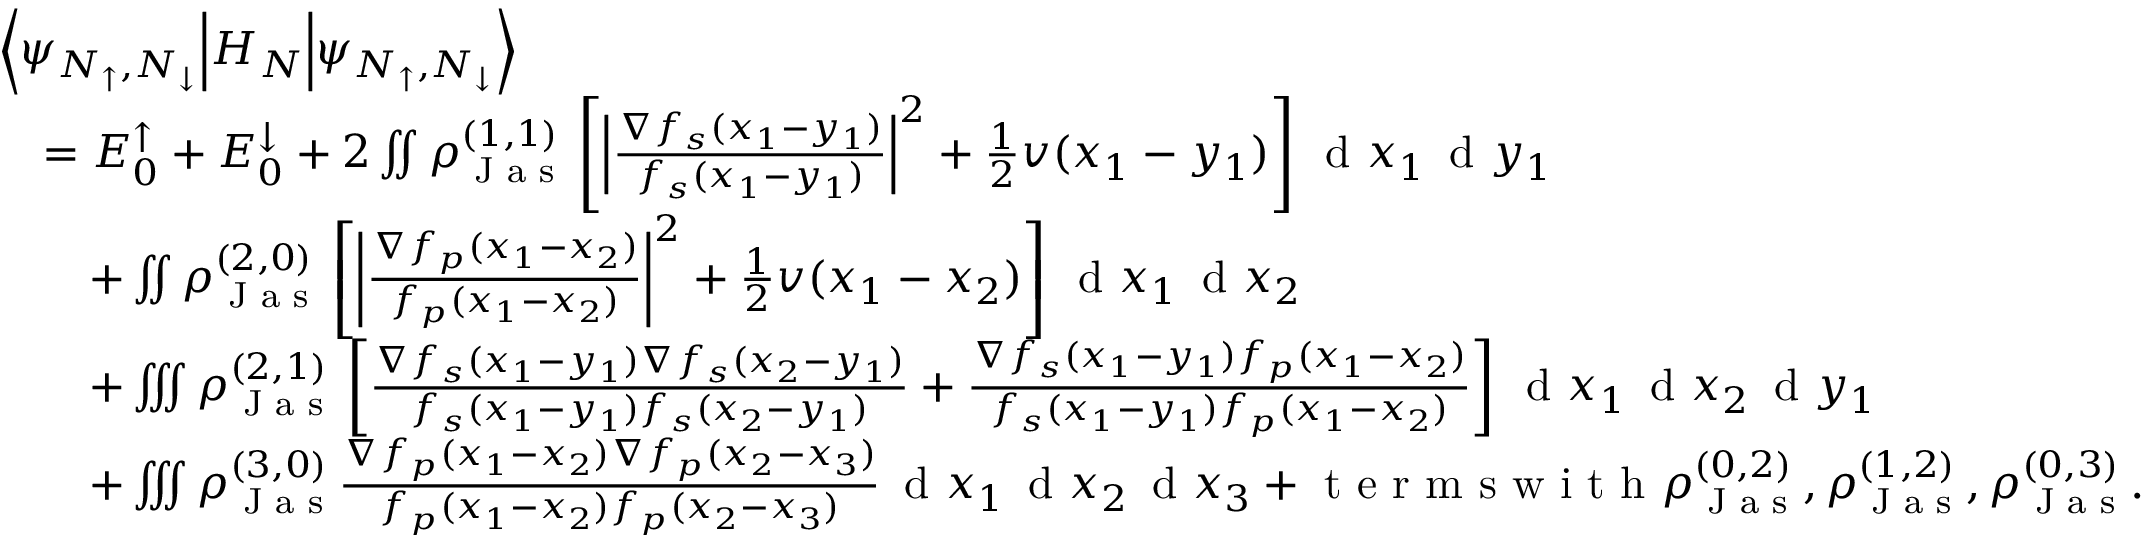
\begin{array} { r l } & { \left\langle \psi _ { N _ { \uparrow } , N _ { \downarrow } } \middle \vert H _ { N } \middle \vert \psi _ { N _ { \uparrow } , N _ { \downarrow } } \right\rangle } \\ & { \quad = E _ { 0 } ^ { \uparrow } + E _ { 0 } ^ { \downarrow } + 2 \iint \rho _ { \textnormal { J a s } } ^ { ( 1 , 1 ) } \left[ \left\vert \frac { \nabla f _ { s } ( x _ { 1 } - y _ { 1 } ) } { f _ { s } ( x _ { 1 } - y _ { 1 } ) } \right\vert ^ { 2 } + \frac { 1 } { 2 } v ( x _ { 1 } - y _ { 1 } ) \right] \, \textnormal { d } x _ { 1 } \, \textnormal { d } y _ { 1 } } \\ & { \qquad + \iint \rho _ { \textnormal { J a s } } ^ { ( 2 , 0 ) } \left[ \left\vert \frac { \nabla f _ { p } ( x _ { 1 } - x _ { 2 } ) } { f _ { p } ( x _ { 1 } - x _ { 2 } ) } \right\vert ^ { 2 } + \frac { 1 } { 2 } v ( x _ { 1 } - x _ { 2 } ) \right] \, \textnormal { d } x _ { 1 } \, \textnormal { d } x _ { 2 } } \\ & { \qquad + \iiint \rho _ { \textnormal { J a s } } ^ { ( 2 , 1 ) } \left[ \frac { \nabla f _ { s } ( x _ { 1 } - y _ { 1 } ) \nabla f _ { s } ( x _ { 2 } - y _ { 1 } ) } { f _ { s } ( x _ { 1 } - y _ { 1 } ) f _ { s } ( x _ { 2 } - y _ { 1 } ) } + \frac { \nabla f _ { s } ( x _ { 1 } - y _ { 1 } ) f _ { p } ( x _ { 1 } - x _ { 2 } ) } { f _ { s } ( x _ { 1 } - y _ { 1 } ) f _ { p } ( x _ { 1 } - x _ { 2 } ) } \right] \, \textnormal { d } x _ { 1 } \, \textnormal { d } x _ { 2 } \, \textnormal { d } y _ { 1 } } \\ & { \qquad + \iiint \rho _ { \textnormal { J a s } } ^ { ( 3 , 0 ) } \frac { \nabla f _ { p } ( x _ { 1 } - x _ { 2 } ) \nabla f _ { p } ( x _ { 2 } - x _ { 3 } ) } { f _ { p } ( x _ { 1 } - x _ { 2 } ) f _ { p } ( x _ { 2 } - x _ { 3 } ) } \, \textnormal { d } x _ { 1 } \, \textnormal { d } x _ { 2 } \, \textnormal { d } x _ { 3 } + \textnormal { t e r m s w i t h } \rho _ { \textnormal { J a s } } ^ { ( 0 , 2 ) } , \rho _ { \textnormal { J a s } } ^ { ( 1 , 2 ) } , \rho _ { \textnormal { J a s } } ^ { ( 0 , 3 ) } . } \end{array}